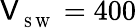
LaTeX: \mathsf{V}_{_{\mathrm{{~S~W~}}}}=400